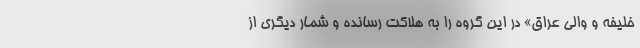
خلیفه و والی عراق» در این گروه را به هلاکت رسانده و شمار دیگری از